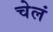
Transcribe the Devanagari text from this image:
चेलं